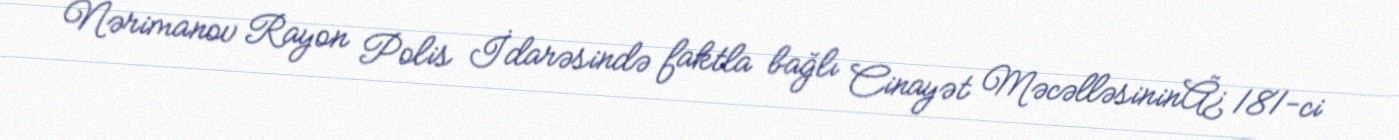
Nərimanov Rayon Polis İdarəsində faktla bağlı Cinayət MəcəlləsininÃ¿ 181-ci